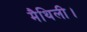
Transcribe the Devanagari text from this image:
मैथिली।